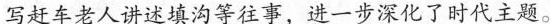
写赶车老人讲述填沟等往事，进一步深化了时代主题。